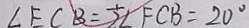
\angle E C B = \frac { 1 } { 2 } \angle F C B = 2 0 ^ { \circ }